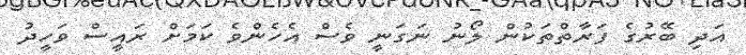
އަދި ބޭރުގެ ފަރާތްތަކުން ލޯނު ނަގަނީ ވެސް އެހެންވެ ކަމަށް ރައީސް ވަހީދު